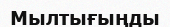
Мылтығыңды